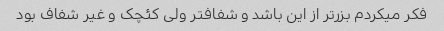
فکر میکردم بزرتر از این باشد و شفافتر ولی کئچک و غیر شفاف بود